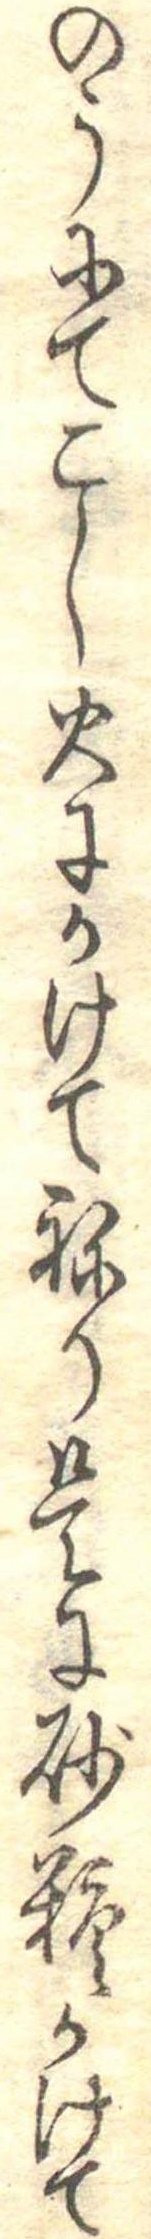
のうにてこし火にかけてねり是に砂糖かけて